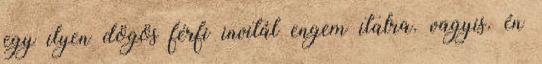
egy ilyen dögös férfi invitál engem italra. vagyis. én